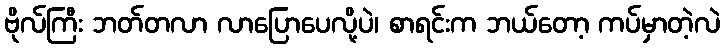
ဗိုလ်ကြီး ဘတ်တလာ လာပြောပေလို့ပဲ၊ စာရင်းက ဘယ်တော့ ကပ်မှာတဲ့လဲ